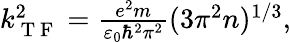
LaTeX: \begin{array}{r}{k_{\mathrm{~T~F~}}^{2}=\frac{e^{2}m}{\varepsilon_{0}\hbar^{2}\pi^{2}}(3\pi^{2}n)^{1/3},}\end{array}